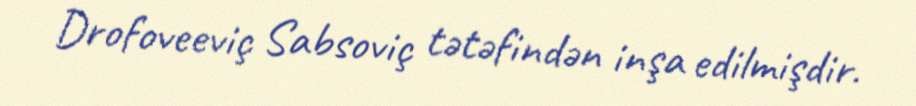
Drofoveeviç Sabsoviç tətəfindən inşa edilmişdir.